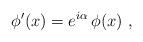
LaTeX: \begin{align*}\phi'(x)=e^{i\alpha}\,\phi(x)\ ,\end{align*}